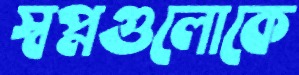
স্বপ্নগুলোকে